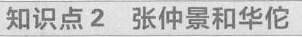
知识点2张仲景和华佗